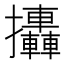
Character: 𢺩